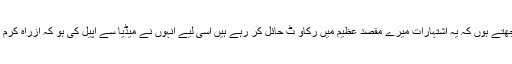
ہو سکتا ہے سردار صاحب کو یہ جملہ ’’ بچے دو ہی اچھے ‘‘ گراں گزرتا ہو اور وہ سمجھتے ہوں کہ یہ اشتہارات میرے مقصدِِ عظیم میں رکاو ٹ حائل کر رہے ہیں اسی لیے انہوں نے میڈیا سے اپیل کی ہو کہ ازراہ کرم ان اشتہارات پہ پابندی لگا دی جائے اور انکا منصوبہ پایہء تکمیل تک پہنچنے دیا جائے۔